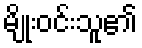
မျိုးဝင်းသူ၏